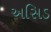
અસિડ